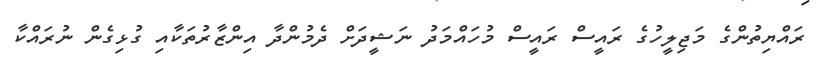
ރައްޔިތުންގެ މަޖިލީހުގެ ރައީސް ރައީސް މުހައްމަދު ނަޝީދަށް ދެމުންދާ އިންޒާރުތަކާއި ގުޅިގެން ނުރައްކާ